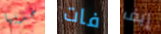
خذيها فات إيف